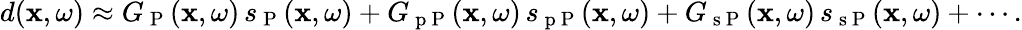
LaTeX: \begin{array}{r}{d(\mathbf{x},\omega)\approx G_{\mathrm{~P~}}(\mathbf{x},\omega)\, s_{\mathrm{~P~}}(\mathbf{x},\omega)+G_{\mathrm{~p~P~}}(\mathbf{x},\omega)\, s_{\mathrm{~p~P~}}(\mathbf{x},\omega)+G_{\mathrm{~s~P~}}(\mathbf{x},\omega)\, s_{\mathrm{~s~P~}}(\mathbf{x},\omega)+\cdots.}\end{array}